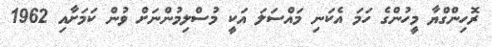
ރޮހިންގްޔާ މީހުންގެ ހަމަ އެކަނި މައްސަލަ އަކީ މުސްލިމުންނަށް ވުން ކަމަށާއި 1962